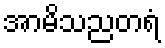
အာမိသညတရံ